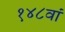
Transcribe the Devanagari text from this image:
१४८वां